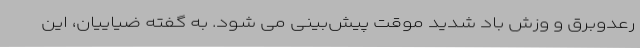
رعدوبرق و وزش باد شدید موقت پیش‌بینی می شود. به گفته ضیاییان، این